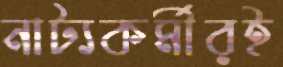
নাট্যকর্মীরই